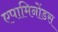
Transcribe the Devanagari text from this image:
एपामिनोंडस